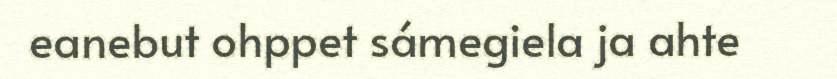
eanebut ohppet sámegiela ja ahte